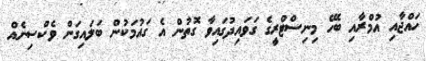
ހައްޖާއި އުމްރާއި ބެހޭ މިނިސްޓްރީގެ ގަވައިދުގައިވާ ގޮތުން އެ ގައުމަކުން ބަލައިގަން ވެކްސިނެއް